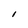
Character: l